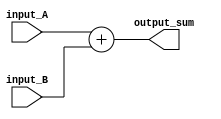
module four_bit_adder (
    input [3:0] input_A,
    input [3:0] input_B,
    output reg [3:0] output_sum
);

always @* begin
    output_sum = input_A + input_B;
end

endmodule